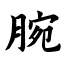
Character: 腕